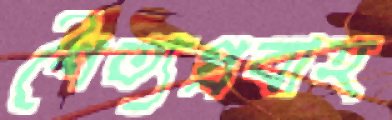
শৈত্যপ্রবাহ